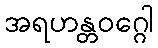
အရဟန္တဝဂ္ဂေါ